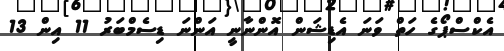
އެކްސްޕޯގެ ހަތް ވަނަ އެޑިޝަން އޮންނާނީ އަންނަ ޑިސެމްބަރު 11 އިން 13